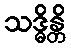
သဒ္ဓိန္တိ